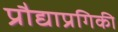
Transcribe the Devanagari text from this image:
प्रौद्याप्रगिकी